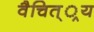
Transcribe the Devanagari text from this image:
वैचित््रय